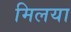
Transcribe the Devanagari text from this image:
मिलया